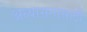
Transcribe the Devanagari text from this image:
अध्यासनासाठी